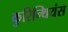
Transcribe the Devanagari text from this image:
कुरिन्थियंस